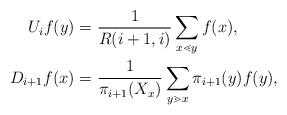
LaTeX: \begin{align*}U_if(y) = &~ \frac{1}{R(i+1,i)}\sum\limits_{x \lessdot y}f(x),\\D_{i+1}f(x) = &~ \frac{1}{\pi_{i+1}(X_{x})}\sum\limits_{y \gtrdot x}\pi_{i+1}(y)f(y),\end{align*}